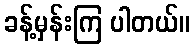
ခန့်မှန်းကြ ပါတယ်။